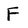
Character: F